Civil Veterinary Department. Madras. Admin. report 1910-25 - 1910-1925
Year: 1910
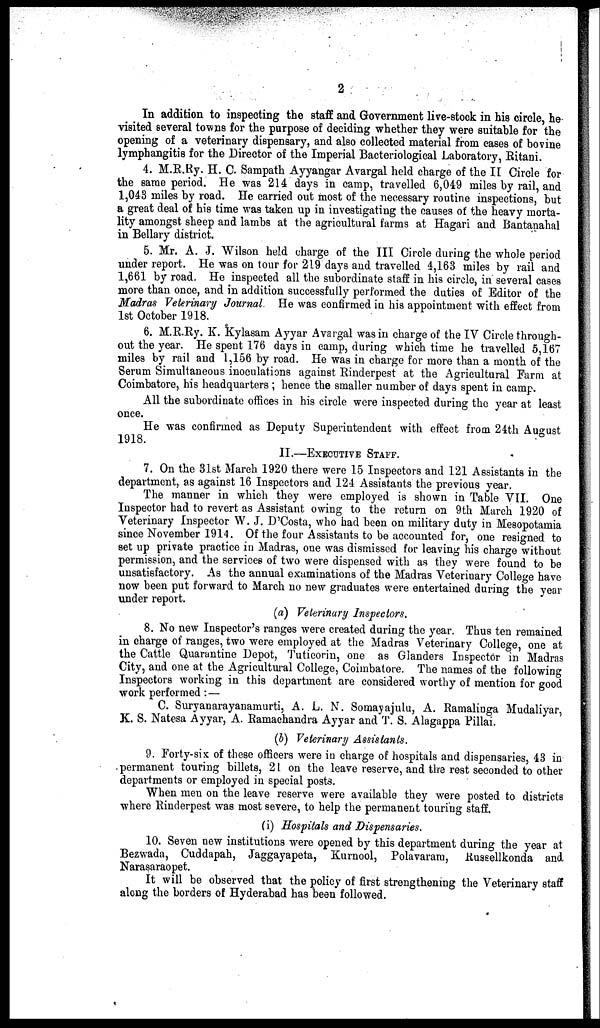
2
In addition to inspecting the staff and Government live-stock in his circle, he
visited several towns for the purpose of deciding whether they were suitable for the
opening of a veterinary dispensary, and also collected material from eases of bovine
lymphangitis for the Director of the Imperial Bacteriological Laboratory, Ritani.
4. M.R.Ry. H. C. Sampath Ayyangar Avargal held charge of the II Circle for
the same period. He was 214 days in camp, travelled 6,049 miles by rail, and
1,043 miles by road. He carried out most of the necessary routine inspections, but
a great deal of his time was taken up in investigating the causes of the heavy morta-
lity amongst sheep and lambs at the agricultural farms at Hagari and Bantanahal
in Bellary district.
5. Mr. A. J. Wilson held charge of the III Circle during the whole period
under report. He was on tour for 219 days and travelled 4,163 miles by rail and
1,661 by road. He inspected all the subordinate staff in his circle, in several cases
more than once, and in addition successfully performed the duties of Editor of the
Madras Veterinary Journal. He was confirmed in his appointment with effect from
1st October 1918.
6. M.R.Ry. K. Kylasam Ayyar Avargal was in charge of the IV Circle through-
out the year. He spent 176 days in camp, during which time he travelled 5,167
miles by rail and 1,156 by road. He was in charge for more than a month of the
Serum Simultaneous inoculations against Rinderpest at the Agricultural Farm at
Coimbatore, his headquarters; hence the smaller number of days spent in camp.
All the subordinate offices in his circle were inspected during the year at least
once.
He was confirmed as Deputy Superintendent with effect from 24th August
1918.
II.—EXECUTIVE STAFF.
7. On the 31st March 1920 there were 15 Inspectors and 121 Assistants in the
department, as against 16 Inspectors and 124 Assistants the previous year.
The manner in which they were employed is shown in Table VII. One
Inspector had to revert as Assistant owing to the return on 9th March 1920 of
Veterinary Inspector W. J. D'Costa, who had been on military duty in Mesopotamia
since November 1914. Of the four Assistants to be accounted for, one resigned to
set up private practice in Madras, one was dismissed for leaving his charge without
permission, and the services of two were dispensed with as they were found to be
unsatisfactory. As the annual examinations of the Madras Veterinary College have
now been put forward to March no new graduates were entertained during the year
under report.
(a) Veterinary Inspectors.
8. No new Inspector's ranges were created during the year. Thus ten remained
in charge of ranges, two were employed at the Madras Veterinary College, one at
the Cattle Quarantine Depot, Tuticorin, one as Glanders Inspector in Madras
City, and one at the Agricultural College, Coimbatore. The names of the following
Inspectors working in this department are considered worthy of mention for good
work performed: —
C. Suryanarayanamurti, A. L. N. Somayajulu, A. Ramalinga Mudaliyar,
K. S. Natesa Ayyar, A. Ramachandra Ayyar and T. S. Alagappa Pillai.
(b) Veterinary Assistants.
9. Forty-six of these officers were in charge of hospitals and dispensaries, 43 in
permanent touring billets, 21 on the leave reserve, and the rest seconded to other
departments or employed in special posts.
When men on the leave reserve were available they were posted to districts
where Rinderpest was most severe, to help the permanent touring staff.
(i) Hospitals and Dispensaries.
10. Seven new institutions were opened by this department during the year at
Bezwada, Cuddapah, Jaggayapeta, Kurnool, Polavaram, Russellkonda and
Narasaraopet.
It will be observed that the policy of first strengthening the Veterinary staff
along the borders of Hyderabad has been followed.